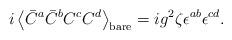
LaTeX: \begin{align*}i\left<\bar C^a\bar C^bC^cC^d\right>_{\rm bare} =ig^2\zeta\epsilon^{ab}\epsilon^{cd}.\end{align*}